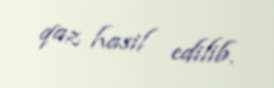
qaz hasil edilib.